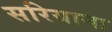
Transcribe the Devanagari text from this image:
सरियाना